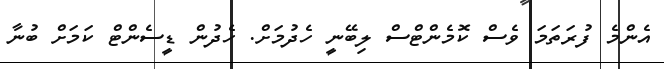
އެންމެ ފުރަތަމަ ވެސް ކޮމެންޓްސް ލިބޭނީ ހެދުމަށް. ހެދުން ޑީސެންޓް ކަމަށް ބުނާ